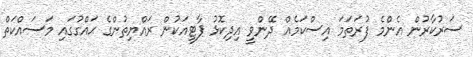
ސަރުކާރުން އެންމެ ފުރަތަމަ އިސްކަމެއް ދޭންވީ އިދިކޮޅު ޕާޓީއަކުން ރައްޔިތުންގެ ޙައްގުގައި މަސައްކަތް